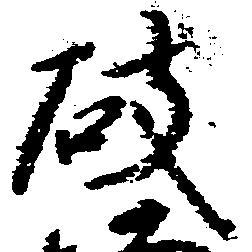
破